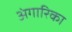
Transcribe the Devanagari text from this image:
अंगारिका